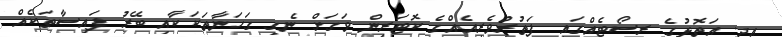
އދ. އަތޮޅުގެ ރިސޯޓެއްގައި ފަތުރުވެރިއެއްގެ ކޮޓަރިން ވަގަށް ނެގި ގަހަނާތަކަކާއި ބޭރު ފައިސާތަކެއް